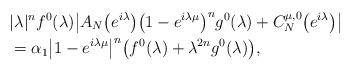
LaTeX: \begin{align*}&|\lambda|^{n}f^0(\lambda)\big|A_N\bigl(e^{i\lambda}\bigr)\bigl(1-e^{i\lambda\mu}\bigr)^{n}g^0(\lambda)+C^{\mu,0}_{N}\bigl(e^{i\lambda}\bigr)\big|\\&=\alpha_1\big|1-e^{i\lambda\mu}\big|^{n}\bigl(f^0(\lambda)+\lambda^{2n}g^0(\lambda)\bigr),\end{align*}